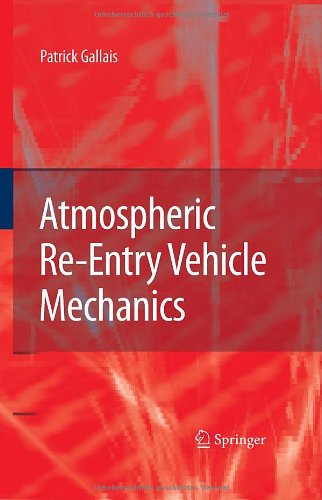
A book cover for Atmospheric Re-Entry Vehicle Mechanics; Patrick Gallais; Science & Math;